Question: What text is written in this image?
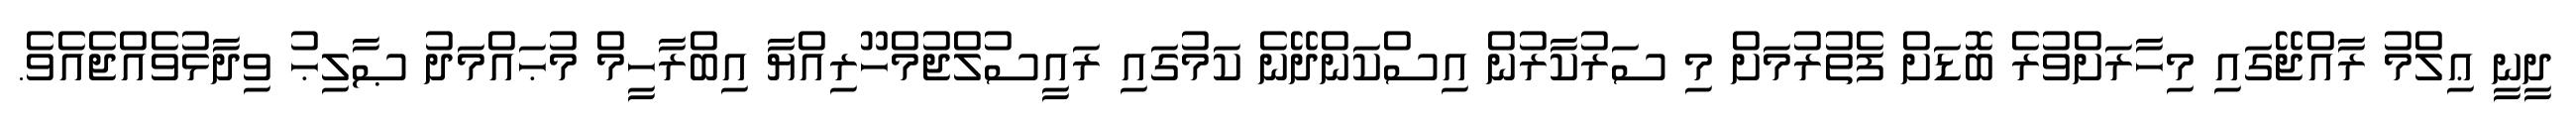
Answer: ދީނީ ޢިލްމު ރާއްޖޭގައި މިހާރަށްވުރެ ބޮޑަށް ފެތުރުމަށް މި ސަރުކާރުން އިސްކަންދޭނެ ކަމުގައި ރައީސުލްޖުމްހޫރިއްޔާ އިބްރާހީމް މުޙައްމަދު ޞާލިޙު ވިދާޅުވެއްޖެއެވެ.